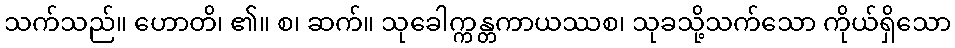
သက်သည်။ ဟောတိ၊ ၏။ စ၊ ဆက်။ သုခေါက္ကန္တကာယဿစ၊ သုခသို့သက်သော ကိုယ်ရှိသော